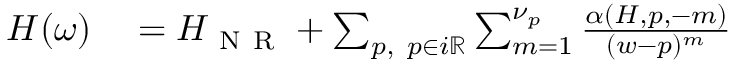
\begin{array} { r } { \begin{array} { r l } { H ( \omega ) } & { { } = H _ { \mathrm { ~ N ~ R ~ } } + \sum _ { p , ~ p \in i \mathbb { R } } \sum _ { m = 1 } ^ { \nu _ { p } } \frac { \alpha ( H , p , - m ) } { ( w - p ) ^ { m } } } \end{array} } \end{array}